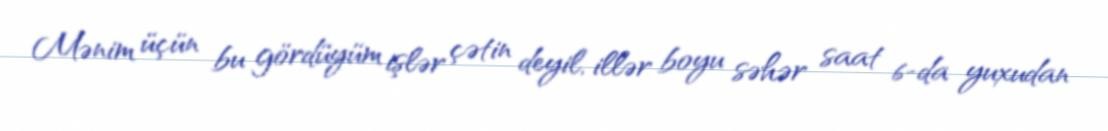
Mənim üçün bu gördüyüm işlər çətin deyil, illər boyu səhər saat 6-da yuxudan